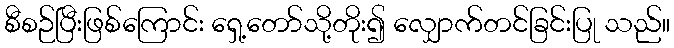
စီစဉ်ပြီးဖြစ်ကြောင်း ရှေ့တော်သို့တိုး၍ လျှောက်တင်ခြင်းပြု သည်။